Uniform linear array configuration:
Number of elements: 64
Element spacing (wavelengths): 0.5
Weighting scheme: exponential
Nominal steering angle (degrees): -15
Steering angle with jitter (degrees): -13.328
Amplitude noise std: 0.05
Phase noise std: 0.05

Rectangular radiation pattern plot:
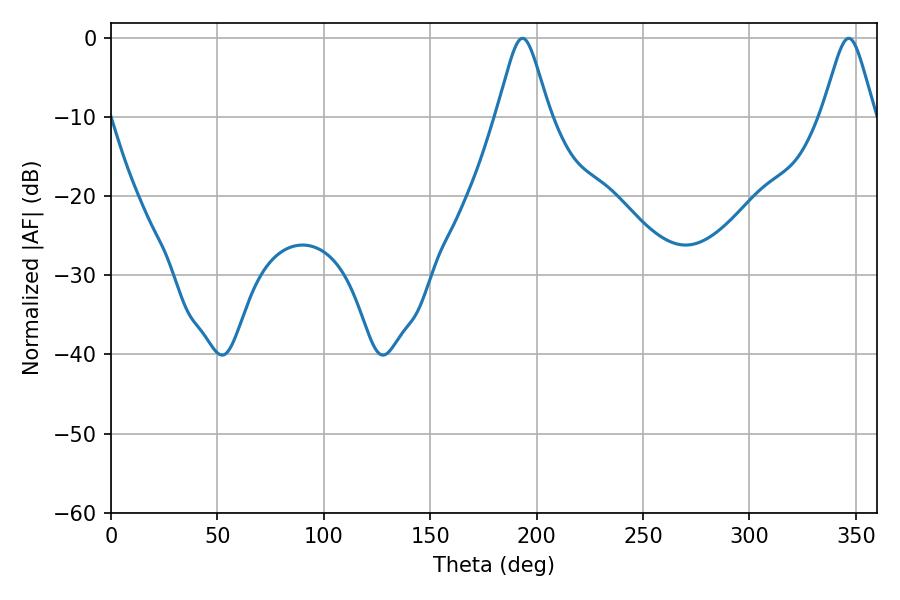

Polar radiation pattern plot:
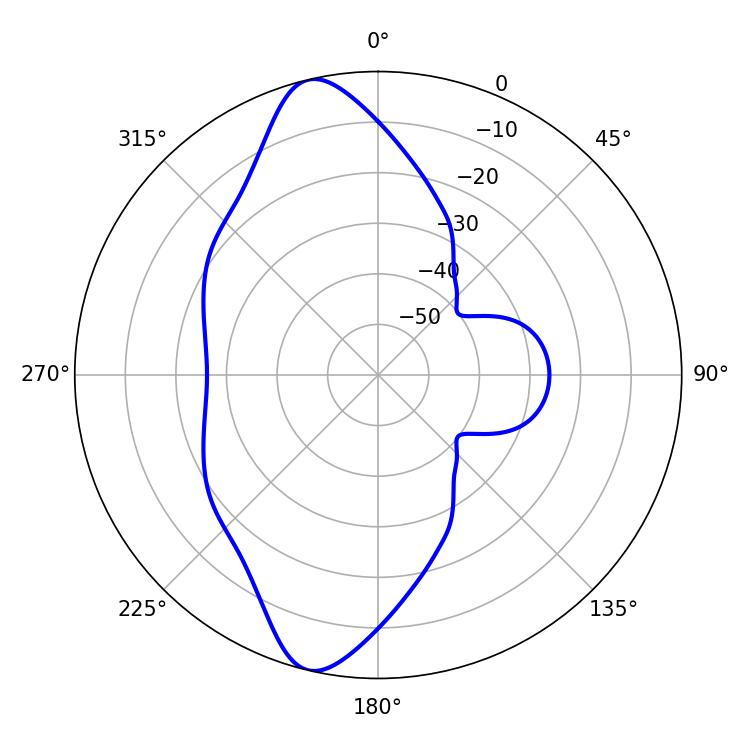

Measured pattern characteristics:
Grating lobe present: FALSE
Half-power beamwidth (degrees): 11.88
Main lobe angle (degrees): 193.32